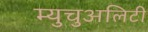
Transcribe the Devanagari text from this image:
म्युचुअलिटी